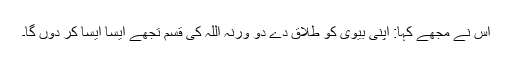
اس نے مجھے کہا: اپنی بیوی کو طلاق دے دو ورنہ اللہ کی قسم تجھے ایسا ایسا کر دوں گا۔